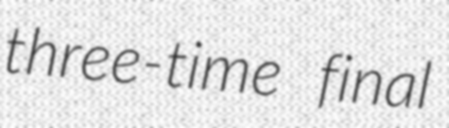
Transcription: three-time final